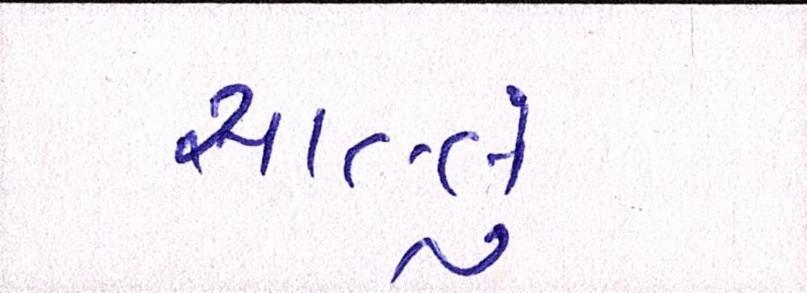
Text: સાલ્લું